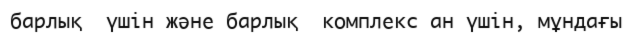
барлық  үшін және барлық  комплекс ан үшін, мұндағы